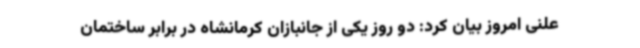
علنی امروز بیان کرد: دو روز یکی از جانبازان کرمانشاه در برابر ساختمان